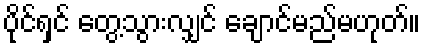
ပိုင်ရှင် တွေ့သွားလျှင် ချောင်မည်မဟုတ်။